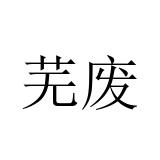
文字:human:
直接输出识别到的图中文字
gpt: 芜废